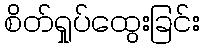
စိတ်ရှုပ်ထွေးခြင်း